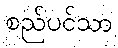
စည်ပင်သာ